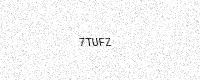
Text: 7TUFZ